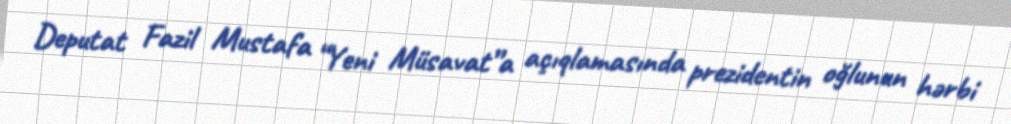
Deputat Fazil Mustafa “Yeni Müsavat”a açıqlamasında prezidentin oğlunun hərbi